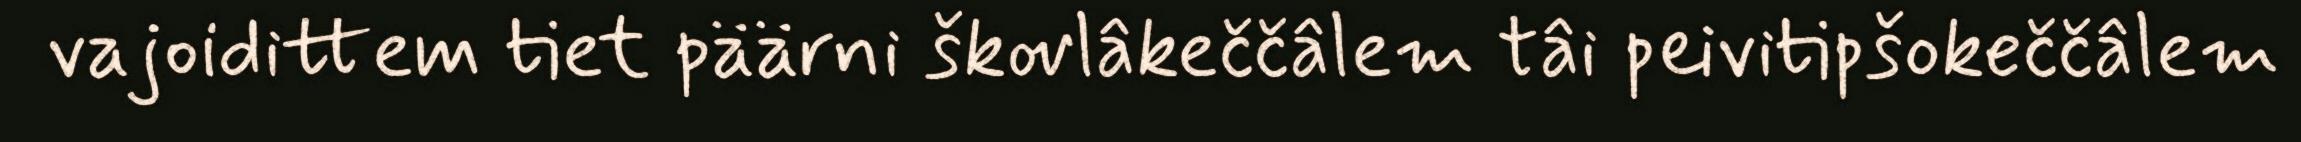
vajoidittem tiet päärni škovlâkeččâlem tâi peivitipšokeččâlem